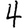
Digit: 4